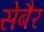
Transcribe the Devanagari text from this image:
सेबैर